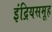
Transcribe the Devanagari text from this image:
इंद्रियसमूह